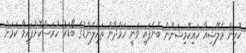
ކުރިން މެލޭޝިއާ ހައިކޮމިޝަނުން ބުނެފައި ވަނީ ހަމްދާން ތައިލެންޑުގެ ބޯޑަރު ހުރަސްކޮށްފައިވާ ކަމަށް